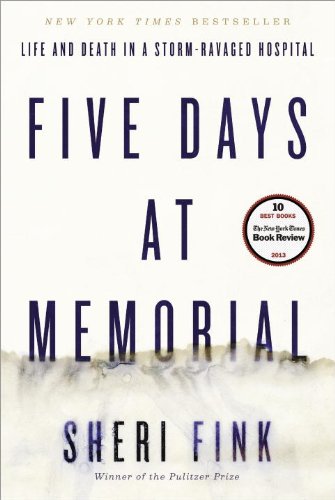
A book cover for Five Days at Memorial: Life and Death in a Storm-Ravaged Hospital; Sheri Fink; Science & Math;